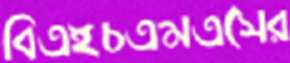
বিএইচএমএসের